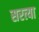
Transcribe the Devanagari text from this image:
सरत्या